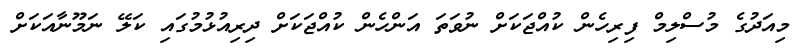
މިއަދުގެ މުސްލިމް ފިރިހެން ކުއްޖަކަށް ނުވަތަ އަންހެން ކުއްޖަކަށް ދިރިއުޅުމުގައި ކަލޭ ނަމޫނާއަކަށް